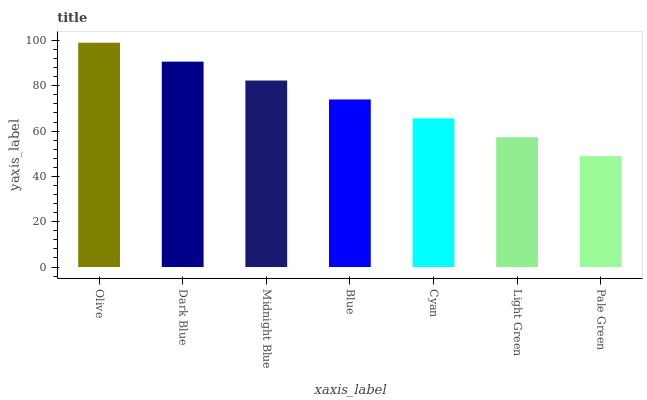
| xaxis_label | bars |
 | --- | --- |
 | Olive | 99 |
 | Dark Blue | 90.7 |
 | Midnight Blue | 82.3 |
 | Blue | 74 |
 | Cyan | 65.6 |
 | Light Green | 57.3 |
 | Pale Green | 48.9 |